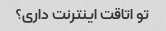
تو اتاقت اینترنت داری؟